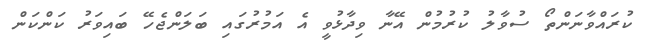
ކުރައްވާނަންތޯ ސުވާލު ކުރުމުން އޭނާ ވިދާޅުވީ އެ އަމުރުގައި ބަލަންޖެހޭ ބައިވަރު ކަންކަން